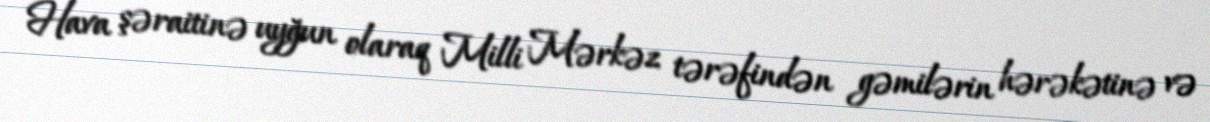
Hava şəraitinə uyğun olaraq Milli Mərkəz tərəfindən gəmilərin hərəkətinə və